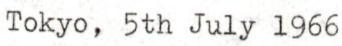
Tokyo, 5th July 1966